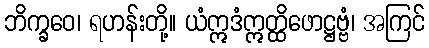
ဘိက္ခဝေ၊ ရဟန်းတို့။ ယံဣဒံဣတ္ထိဖောဋ္ဌဗ္ဗံ၊ အကြင်